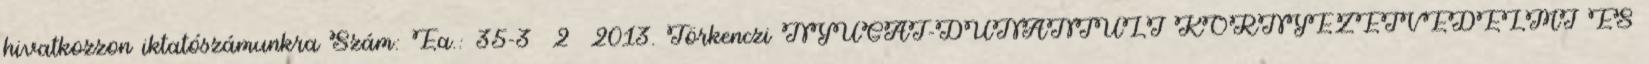
hivatkozzon iktatószámunkra Szám: Ea.: 35-3 2 2013. Törkenczi NYUGAT-DUNÁNTÚLI KÖRNYEZETVÉDELMI ÉS